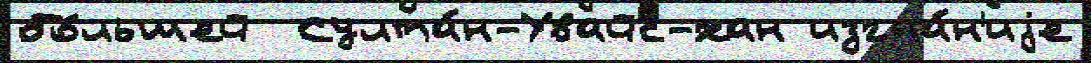
бо́льшей  Султа́н-Увайс-хан изгна́н'иjе